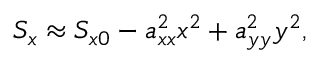
S _ { x } \approx S _ { x 0 } - a _ { x x } ^ { 2 } x ^ { 2 } + a _ { y y } ^ { 2 } y ^ { 2 } ,